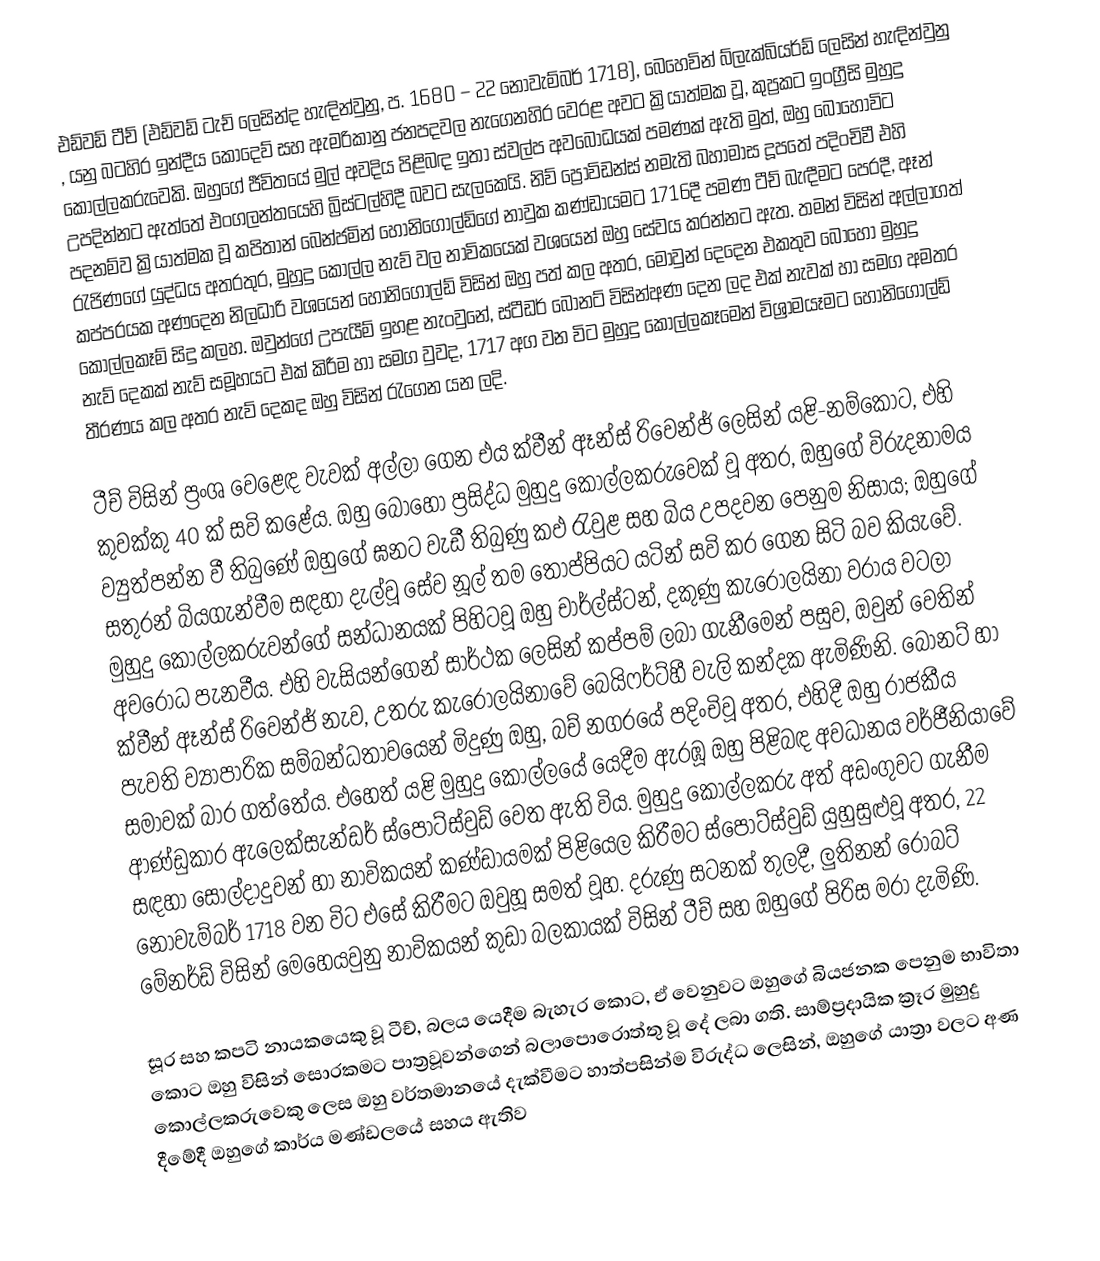
එඩ්වඩ් ටීච් (එඩ්වඩ් ටැච් ලෙසින්ද හැඳින්වුනු, ප. 1680 – 22 නොවැම්බර් 1718), බෙහෙවින් බ්ලැක්බියර්ඩ් ලෙසින් හැඳින්වුනු , යනු බටහිර ඉන්දීය කොදෙව් සහ  ඇමරිකානු ජනපදවල  නැගෙනහිර වෙරළ අවට ක්‍රියාත්මක වූ, කුප්‍රකට ඉංග්‍රීසි මුහුදු කොල්ලකරුවෙකි. ඔහුගේ ජීවිතයේ මුල් අවදිය පිළිබඳ ඉතා ස්වල්ප අවබෝධයක් පමණක් ඇති මුත්, ඔහු බෝහෝවිට උපදින්නට ඇත්තේ එංගලන්තයෙහි  බ්‍රිස්ටල්හිදී බවට සැලකෙයි. නිව් ප්‍රොවිඩන්ස් නමැති බහාමාස දූපතේ පදිංචිවී එහි පදනම්ව ක්‍රියාත්මක වූ  කපිතාන්  බෙන්ජමින් හෝනිගෝල්ඩ්ගේ නාවුක කණ්ඩායමට 1716දී පමණ ටීච් බැඳීමට පෙරදී,  ඈන් රැජිණගේ යුද්ධය අතරතුර,   මුහුදු කොල්ල නැව් වල නාවිකයෙක් වශයෙන් ඔහු සේවය කරන්නට ඇත.  තමන් විසින් අල්ලාගත් කප්පරයක අණදෙන නිලධාරි වශයෙන් හෝනිගෝල්ඩ් විසින් ඔහු පත් කල අතර, මොවුන් දෙදෙන එකතුව බොහෝ මුහුදු කොල්ලකෑම් සිදු කලහ. ඔවුන්ගේ උපැයීම් ඉහළ නැංවුනේ,   ස්ටීඩර් බොනට් විසින්අණ දෙන ලද  එක් නැවක් හා සමග අමතර නැව් දෙකක් නැව් සමූහයට එක් කිරීම හා සමග වුවද, 1717 අග වන විට  මුහුදු කොල්ලකෑමෙන් විශ්‍රාමයෑමට හෝනිගෝල්ඩ් තීරණය කල අතර නැව් දෙකද ඔහු විසින් රැගෙන යන ලදි.

ටීච් විසින් ප්‍රංශ වෙළෙඳ වැවක් අල්ලා ගෙන එය ක්වීන් ඈන්ස් රිවෙන්ජ් ලෙසින් යළි-නම්කොට, එහි කුවක්කු 40 ක් සවි කළේය.  ඔහු බොහෝ ප්‍රසිද්ධ මුහුදු කොල්ලකරුවෙක් වූ අතර, ඔහුගේ විරුදනාමය ව්‍යුත්පන්න වී තිබුණේ ඔහුගේ ඝනට වැඩී තිබුණු කඵ රැවුළ සහ බිය උපදවන පෙනුම නිසාය; ඔහුගේ සතුරන් බියගැන්වීම සඳහා දැල්වූ ‍සේව නූල් තම තොප්පියට ‍යටින් සවි කර ගෙන සිටි බව කියැවේ.  මුහුදු කොල්ලකරුවන්ගේ සන්ධානයක් පිහිටවූ ඔහු  චාර්ල්ස්ටන්, දකුණු කැරොලයිනා වරාය වටලා අවරෝධ පැනවීය.  එහි වැසියන්ගෙන් සාර්ථක ලෙසින් කප්පම් ලබා ගැනීමෙන් පසුව, ඔවුන් වෙතින් ක්වීන් ඈන්ස් රිවෙන්ජ් නැව, උතරු කැරොලයිනාවේ බෙයිෆර්ට්හී වැලි කන්දක ඇමිණිනි. බොනට් හා පැවති ව්‍යාපාරික සම්බන්ධතාවයෙන් මිදුණු ඔහු, බච් නගරයේ පදිංචිවූ අතර, එහිදී ඔහු රාජකීය සමාවක් බාර ගත්තේය.  එහෙත් යළි මුහුදු කොල්ලයේ යෙදීම ඇරඹූ ඔහු පිළිබඳ අවධානය වර්ජීනියාවේ ආණ්ඩුකාර ඇලෙක්සැන්ඩර් ස්පොට්ස්වුඩ් වෙත ඇති විය.  මුහුදු කොල්ලකරු අත් අඩංගුවට ගැනීම සඳහා සොල්දාදුවන් හා නාවිකයන් කණ්ඩායමක් පිළියෙල කිරීමට ස්පොට්ස්වුඩ් යුහුසුළුවූ අතර, 22 නොවැම්බර් 1718 වන විට එසේ කිරීමට ඔවුහූ සමත් වූහ.  දරුණු සටනක් තුලදී, ලුතිනන් රොබට් මේනර්ඩ් විසින් මෙහෙයවුනු නාවිකයන් කුඩා බලකායක් විසින් ටීච් සහ ඔහුගේ පිරිස මරා දැමිණි.

සූර සහ කපටි නායකයෙකු වූ ටීච්, බලය යෙදීම බැහැර කොට, ඒ වෙනුවට ඔහුගේ බියජනක පෙනුම භාවිතා කොට ඔහු විසින් සොරකමට පාත්‍රවූවන්ගෙන් බලාපොරොත්තු වූ දේ ලබා ගති.  සාම්ප්‍රදායික ක්‍රෑර මුහුදු කොල්ලකරුවෙකු ලෙස ඔහු වර්තමානයේ දැක්වීමට හාත්පසින්ම විරුද්ධ ලෙසින්, ඔහුගේ යාත්‍රා වලට අණ දීමේදී ඔහුගේ කාර්ය මණ්ඩලයේ සහය ඇතිව